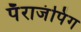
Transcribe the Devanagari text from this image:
पॅराजंपिंग